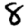
Digit: 8